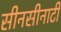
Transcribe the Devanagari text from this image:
सीनसीनाटी